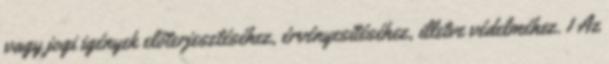
vagy jogi igények előterjesztéséhez, érvényesítéséhez, illetve védelméhez. 1 Az